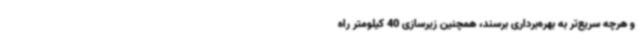
و هرچه سریع‌تر به بهره‌برداری برسند، همچنین زیرسازی 40 کیلومتر راه